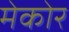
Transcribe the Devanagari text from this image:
मेकोर